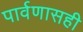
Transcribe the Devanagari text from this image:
पार्वणासही